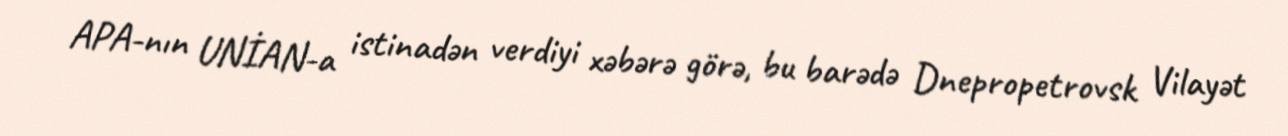
APA-nın UNİAN-a istinadən verdiyi xəbərə görə, bu barədə Dnepropetrovsk Vilayət